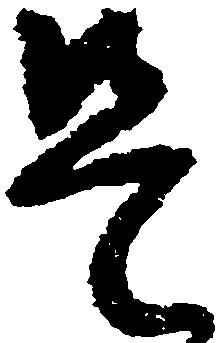
是